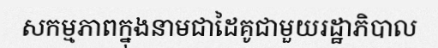
សកម្មភាពក្នុងនាមជាដៃគូជាមួយរដ្ឋាភិបាល